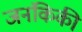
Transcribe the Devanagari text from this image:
जनंकिकी